Annual returns of the Patna Lunatic Asylum at Bankipore in Bihar and Orissa - 1912-1924
Year: 1912
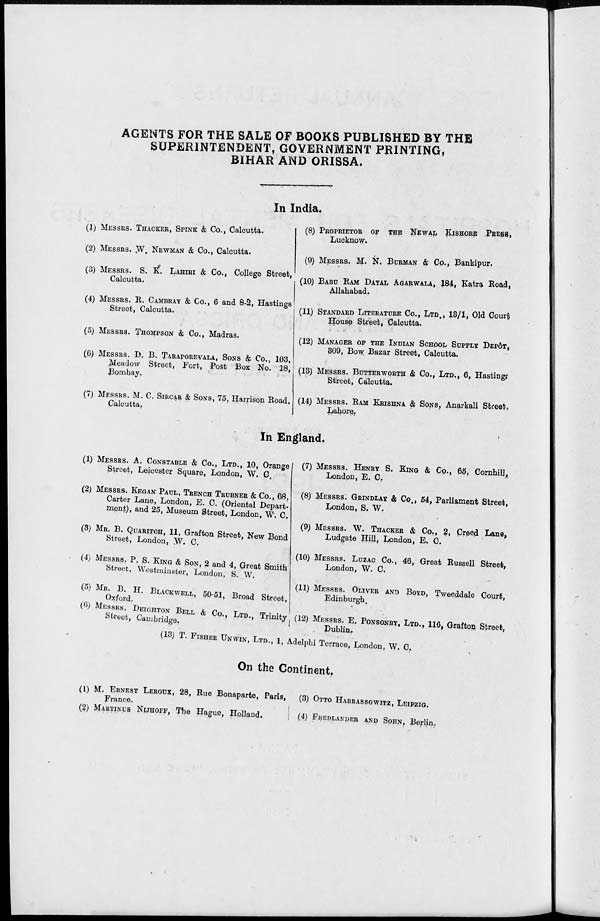
AGENTS FOR THE SALE OF BOOKS PUBLISHED BY THE
SUPERINTENDENT, GOVERNMENT PRINTING,
BIHAR AND ORISSA.
In India.
(1) MESSRS. THACKER, SPINK & Co., Calcutta.
(2) MESSRS. W. NEWMAN & Co., Calcutta.
(3) MESSRS. S. K. LAHIRI & Co., College Street,
Calcutta.
(4) MESSRS. R. CAMBRAY & Co., 6 and 8-2, Hastings
Street, Calcutta.
(5) MESSRS. THOMPSON & Co., Madras.
(6) MESSRS. D. B. TARAPOREVALA, SONS & Co., 103,
Meadow Street, Fort, Post Box No. 18,
Bombay.
(7) MESSRS. M. C. SIRCAR & SONS, 75, Harrison Road,
Calcutta,
(8) PROPRIETOR
OF THE NEWAL
KISHORE PRESS,
Lucknow.
(9) MESSRS. M. N. BURMAN & Co., Bankipur.
(10) BABU RAM DAYAL AGARWALA, 184, Katra Road,
Allahabad.
(11) STANDARD LITERATURE CO., LTD., 13/1, Old Court
House Street, Calcutta.
(12) MANAGER OF THE INDIAN SCHOOL SUPPLY DEPÔT,
309, Bow. Bazar Street, Calcutta.
(13) MESSRS. BUTTERWORTH & Co., LTD., 6, Hastings
Street, Calcutta.
(14) MESSRS. RAM KRISHNA & SONS, Anarkali Street,
Lahore.
In England.
(1) MESSRS. A. CONSTABLE & Co., LTD., 10, Orange
Street, Leicester Square, London, W. C.
(2) MESSRS. KEGAN PAUL, TRENCH TRUBNER & Co., 68,
Carter Lane, London, E. C. (Oriental Depart-
ment), and 25, Museum Street, London, W. C.
(3) MR. B. QUARITCH, 11, Grafton Street, New Bond
Street, London, W. C.
(4) MESSRS. P. S. KING & SON, 2 and 4, Great Smith
Street, Westminster, London, S. W.
(5) MR. B. H. BLACKWELL, 50-51, Broad Street,
Oxford.
(6) MESSRS. DEIGHTON BELL & Co., LTD., Trinity
Street, Cambridge
(7) MESSRS. HENRY S. KING & Co., 65, Cornhill,
London, E. C.
(8) MESSRS. GRINDLAY & Co., 54, Parliament Street,
London, S. W.
(9) MESSRS. W. THACKER & Co., 2, Creed Lane,
Ludgate Hill, London, E. C.
(10) MESSRS. LUZAC Co., 46, Great Russell Street,
London, W. C.
(11) MESSRS. OLIVER AND BOYD, Tweeddale Court,
Edinburgh.
(12) MESSRS. E. PONSONBY, LTD., 116, Grafton Street,
Dublin.
(13) T. FISHER UNWIN, LTD., 1, Adelphi Terrace, London, W. C.
On the Continent.
(1) M. ERNEST LEROUX, 28, Rue Bonaparte, Paris,
France.
(2) MARTINUS NIJHOFF, The Hague, Holland.
(3) OTTO HARRASSOWITZ, LEIPZIG.
(4) FREDLANDER AND SOHN, Berlin.